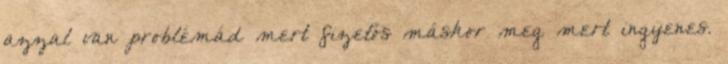
azzal van problémád mert fizetős máskor meg mert ingyenes.